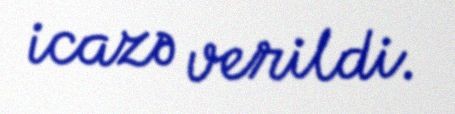
icazə verildi.